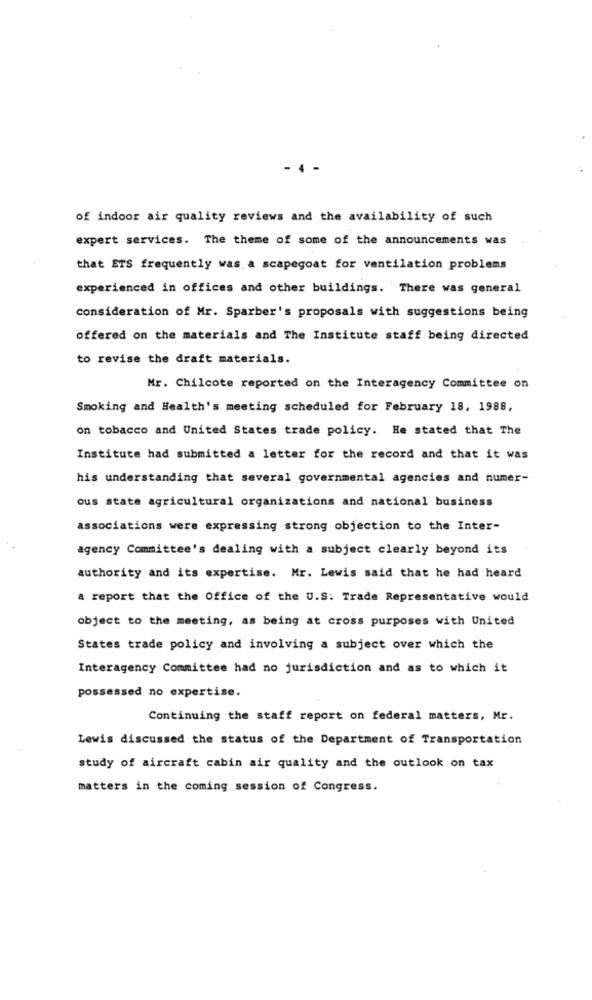
- 4
of indoor air quality reviews and the availability of such
expert services. The theme of some of the announcements was
that ETS frequently was a scapegoat for ventilation problems
experienced in offices and other buildings. There was general
consideration of Mr. Sparber's proposals with suggestions being
offered on the materials and The Institute staff being directed
to revise the draft materials.
Mr. Chilcote reported on the Interagency Committee on
Smoking and Health's meeting scheduled for February 18, 1988,
on tobacco and United States trade policy. He stated that The
Institute had submitted a letter for the record and that it was
his understanding that several governmental agencies and numer-
ous state agricultural organizations and national business
associations were expressing strong objection to the Inter-
agency Committee's dealing with a subject clearly beyond its
authority and its expertise. Mr. Lewis said that he had heard
a report that the Office of the U.S. Trade Representative would
object to the meeting, as being at cross purposes with United
States trade policy and involving a subject over which the
Interagency Committee had no jurisdiction and as to which it
possessed no expertise.
Continuing the staff report on federal matters, Mr.
Lewis discussed the status of the Department of Transportation
study of aircraft cabin air quality and the outlook on tax
matters in the coming session of Congress.